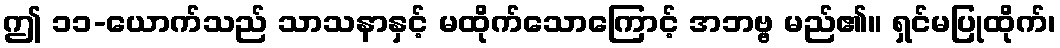
ဤ ၁၁-ယောက်သည် သာသနာနှင့် မထိုက်သောကြောင့် အဘဗ္ဗ မည်၏။ ရှင်မပြုထိုက်၊